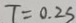
T = 0 . 2 S